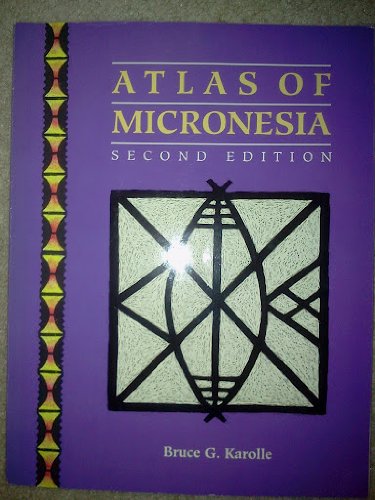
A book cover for Atlas of Micronesia; Bruce G. Karolle; Travel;